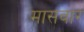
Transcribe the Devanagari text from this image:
मासवार